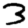
Digit: 3